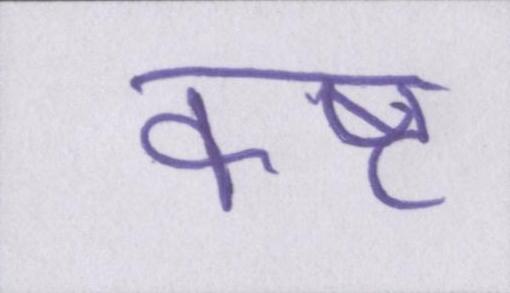
कष्ट